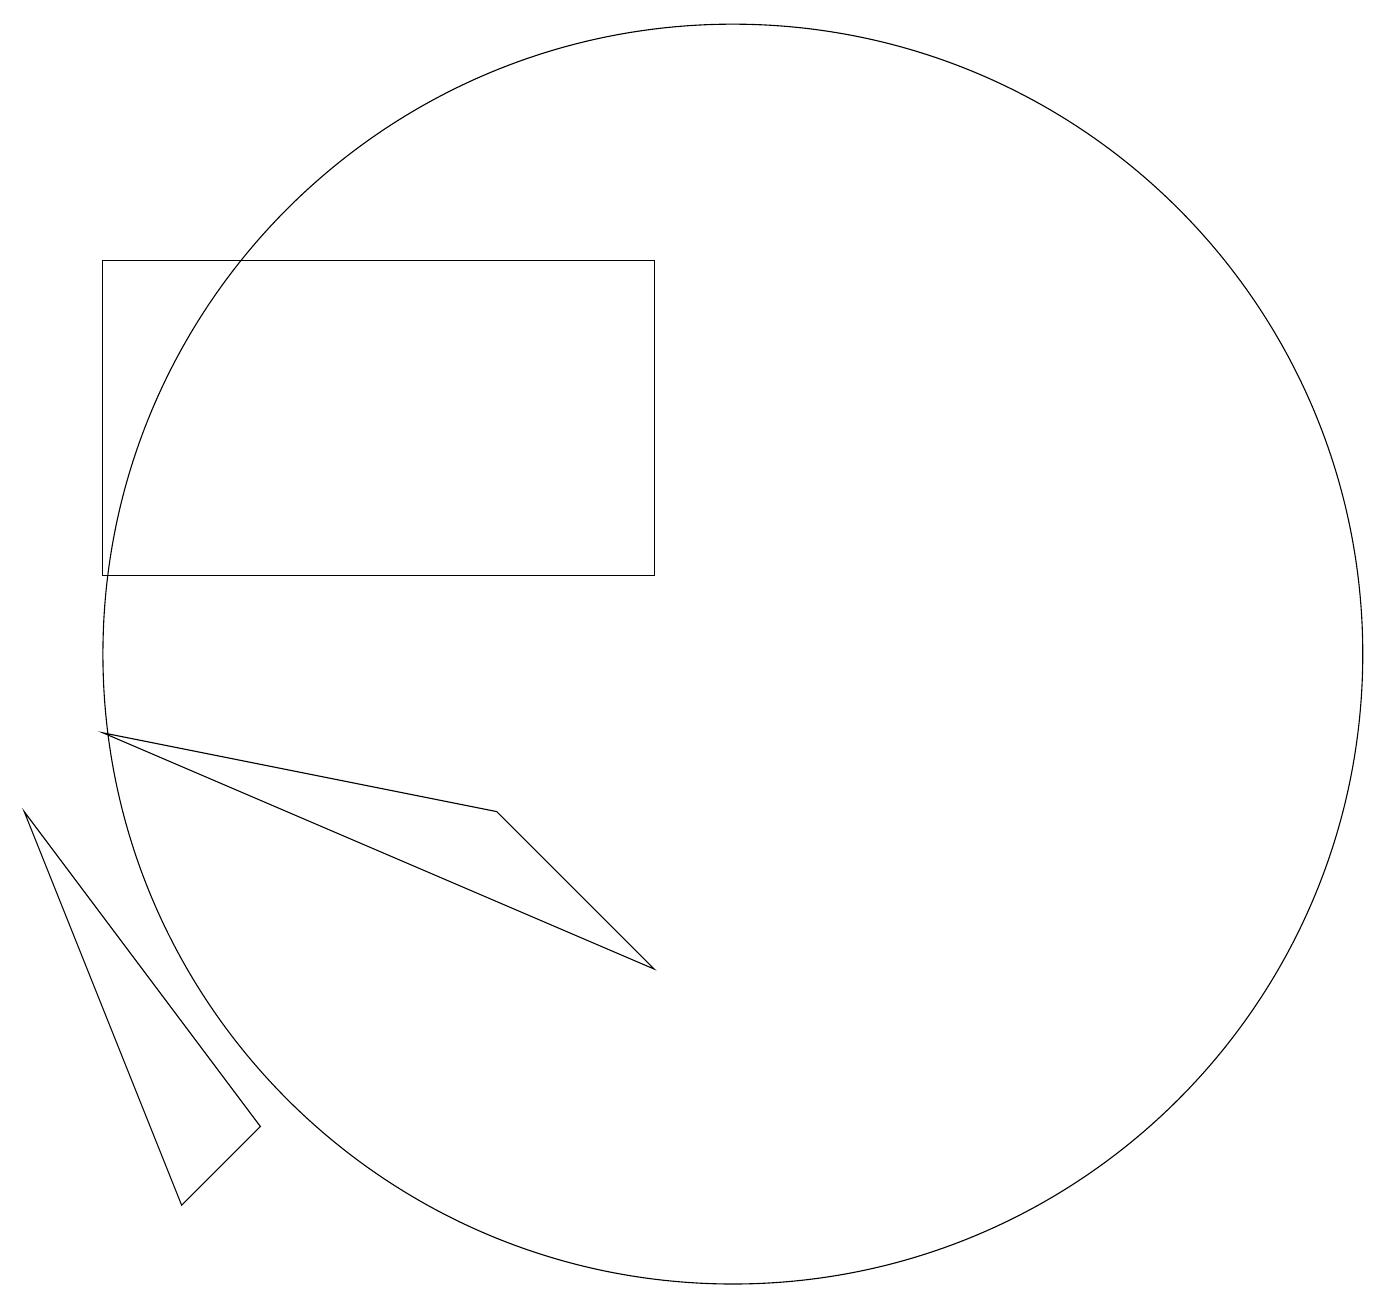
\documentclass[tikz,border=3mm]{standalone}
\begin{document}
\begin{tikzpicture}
\draw (2,15) rectangle (9,11);
\draw (10,10) circle (8);
\draw (9,6) -- (2,9) -- (7,8) -- cycle;
\draw (4,4) -- (1,8) -- (3,3) -- cycle;
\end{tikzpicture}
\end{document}